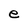
Character: e